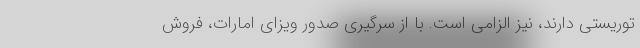
توریستی دارند، نیز الزامی است. با از سرگیری صدور ویزای امارات، فروش